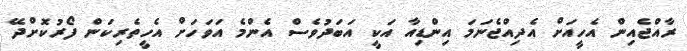
ރާއްޖެއިން އެހީއަށް އެދިއްޖެނަމަ އިންޑިއާ އަކީ އަބަދުވެސް އެންމެ އަވަހަށް އެހީތެރިކަން ފޯރުކޮށްދޭ